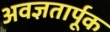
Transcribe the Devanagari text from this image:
अवज्ञतार्पूक